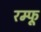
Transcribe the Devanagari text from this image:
रम्फू